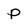
Character: P